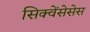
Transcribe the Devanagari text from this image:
सिक्वेंसेसेस